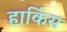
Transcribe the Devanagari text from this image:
हार्किस